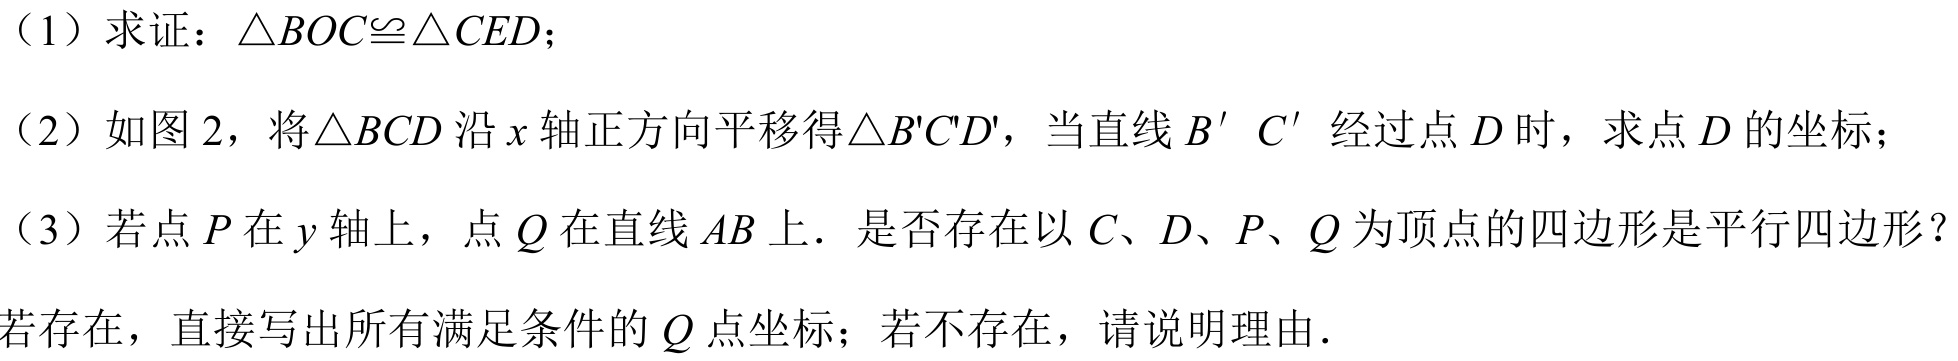
（1）求证：\(\triangle BOC\cong\triangle CED\)；
（2）如图 2，将\(\triangle BCD\)沿\(x\)轴正方向平移得\(\triangle B'C'D'\)，当直线\(B^{\prime} C^{\prime}\)经过点\(D\)时，求点\(D\)的坐标；
（3）若点\(P\)在\(y\)轴上，点\(Q\)在直线\(AB\)上．是否存在以\(C\)、\(D\)、\(P\)、\(Q\)为顶点的四边形是平行四边形？
若存在，直接写出所有满足条件的\(Q\)点坐标；若不存在，请说明理由．